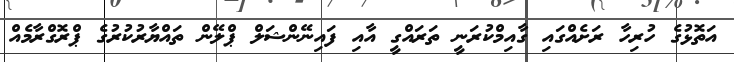
އަތޮޅުގެ ހުރިހާ ރަށެއްގައި ގާއިމްކުރަނީ ތަރައްގީ އާއި ފައިނޭންޝަލް ޕްލޭން ތައްޔާރުކުރުގެ ޕްރޮގްރާމެއް